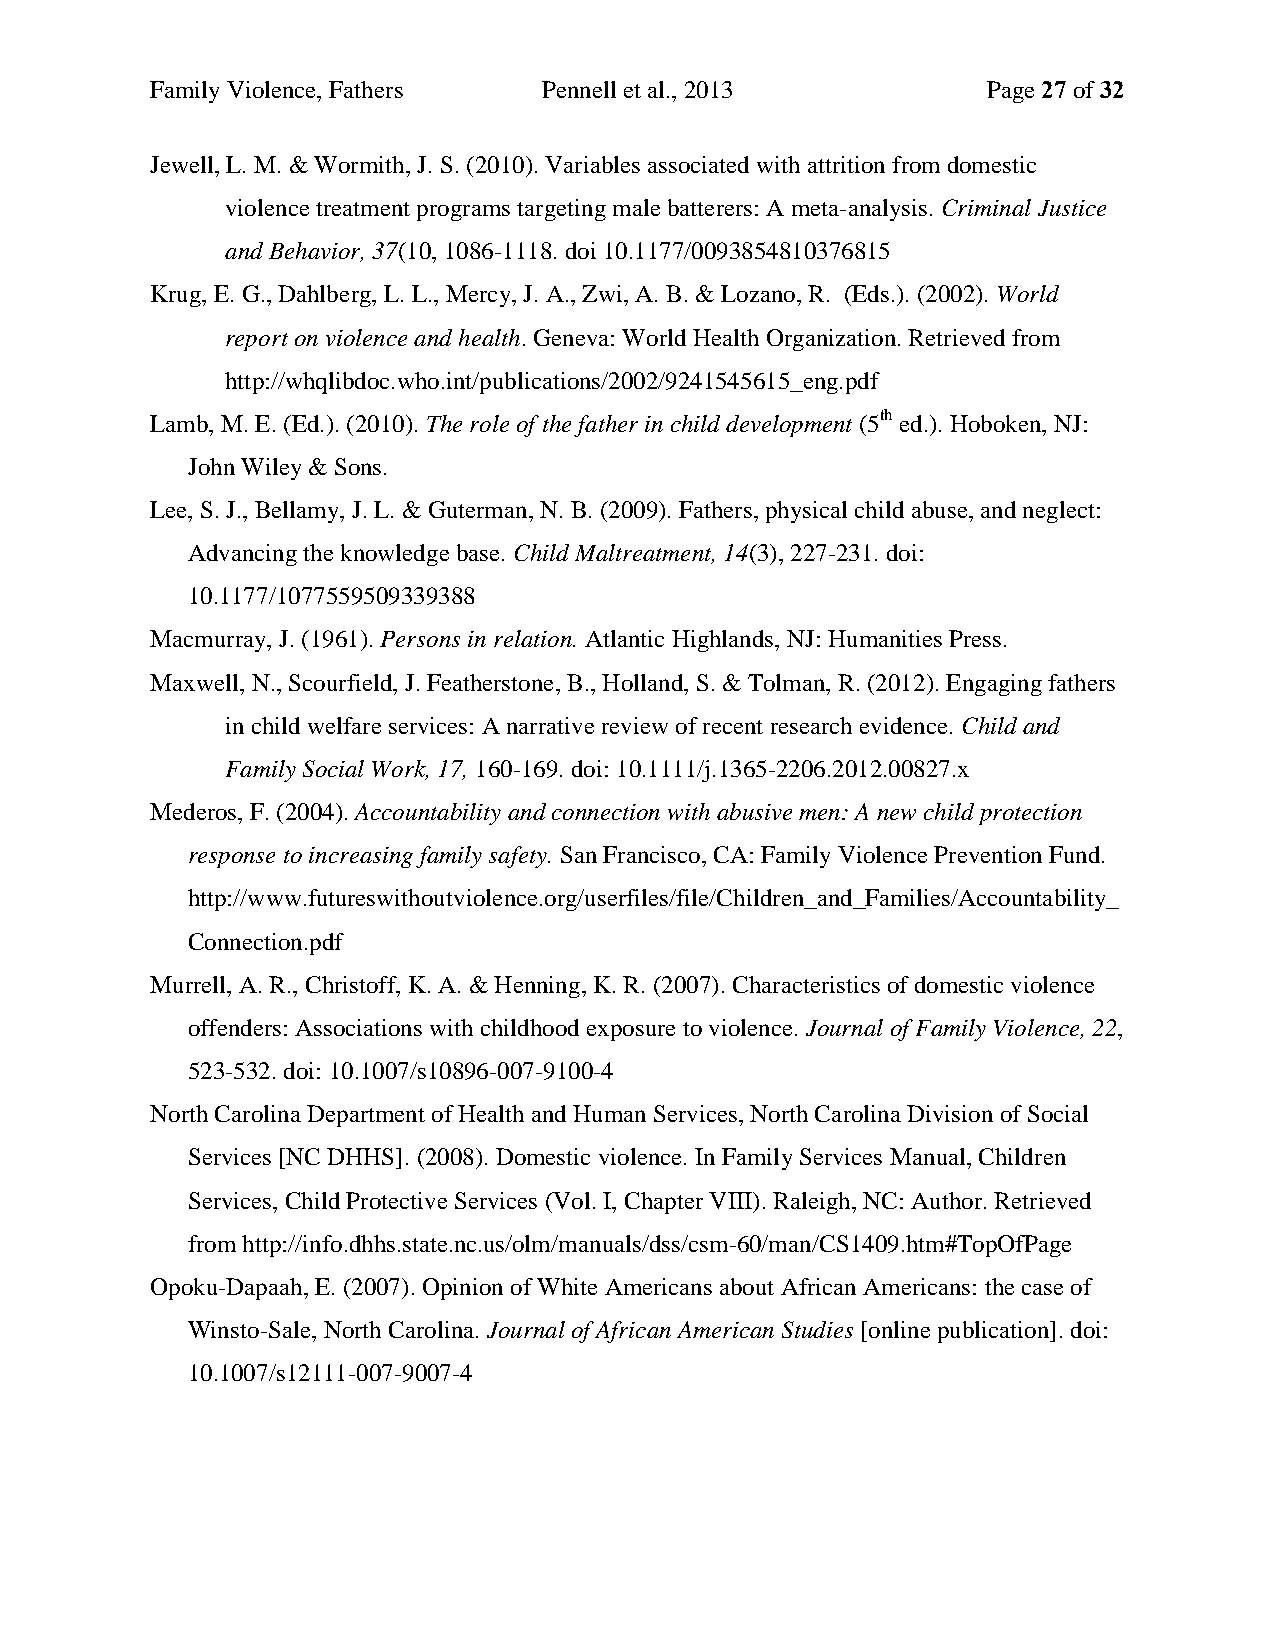
Family Violence, Fathers  Pennell et al., 2013         Page 27 of 32
 Jewell, L. M. & Wormith, J. S. (2010). Variables associated with attrition from domestic
 violence treatment programs targeting male batterers: A meta-analysis. Criminal Justice
 and Behavior, 37(10, 1086-1118. doi 10.1177/0093854810376815
 Krug, E. G., Dahlberg, L. L., Mercy, J. A., Zwi, A. B. & Lozano, R. (Eds.). (2002). World
 report on violence and health. Geneva: World Health Organization. Retrieved from
 http://whqlibdoc.who.int/publications/2002/9241545615_eng.pdf
 Lamb, M. E. (Ed.). (2010). The role of the father in child development (5th ed.). Hoboken, NJ:
 John Wiley & Sons.
 Lee, S. J., Bellamy, J. L. & Guterman, N. B. (2009). Fathers, physical child abuse, and neglect:
 Advancing the knowledge base. Child Maltreatment, 14(3), 227-231. doi:
 10.1177/1077559509339388
 Macmurray, J. (1961). Persons in relation. Atlantic Highlands, NJ: Humanities Press.
 Maxwell, N., Scourfield, J. Featherstone, B., Holland, S. & Tolman, R. (2012). Engaging fathers
 in child welfare services: A narrative review of recent research evidence. Child and
 Family Social Work, 17, 160-169. doi: 10.1111/j.1365-2206.2012.00827.x
 Mederos, F. (2004). Accountability and connection with abusive men: A new child protection
 response to increasing family safety. San Francisco, CA: Family Violence Prevention Fund.
 http://www.futureswithoutviolence.org/userfiles/file/Children_and_Families/Accountability_
 Connection.pdf
 Murrell, A. R., Christoff, K. A. & Henning, K. R. (2007). Characteristics of domestic violence
 offenders: Associations with childhood exposure to violence. Journal of Family Violence, 22,
 523-532. doi: 10.1007/s10896-007-9100-4
 North Carolina Department of Health and Human Services, North Carolina Division of Social
 Services [NC DHHS]. (2008). Domestic violence. In Family Services Manual, Children
 Services, Child Protective Services (Vol. I, Chapter VIII). Raleigh, NC: Author. Retrieved
 from http://info.dhhs.state.nc.us/olm/manuals/dss/csm-60/man/CS1409.htm#TopOfPage
 Opoku-Dapaah, E. (2007). Opinion of White Americans about African Americans: the case of
 Winsto-Sale, North Carolina. Journal of African American Studies [online publication]. doi:
 10.1007/s12111-007-9007-4